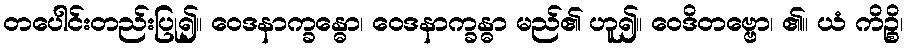
တပေါင်းတည်းပြု၍။ ဝေဒနာက္ခန္ဓော၊ ဝေဒနာက္ခန္ဓာ မည်၏ ဟူ၍။ ဝေဒိတဗ္ဗော၊ ၏။ ယံ ကိဉ္စိ၊